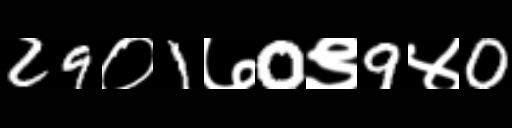
Text: 29०1७0९9४0